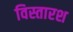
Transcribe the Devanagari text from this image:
विस्तारश